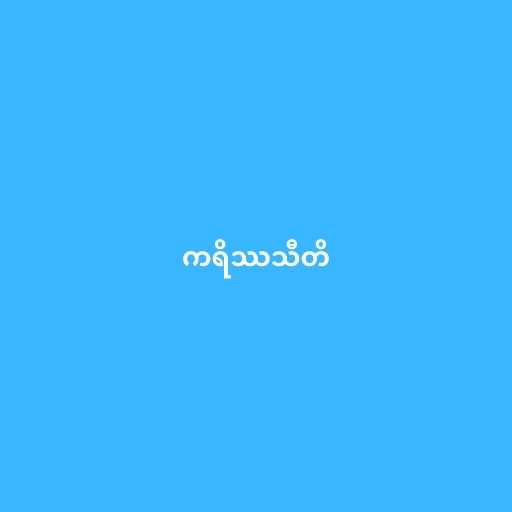
ကရိဿသီတိ